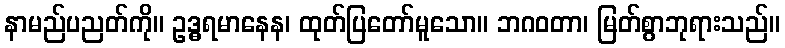
နာမည်ပညတ်ကို။ ဥဒ္ဓရမာနေန၊ ထုတ်ပြတော်မူသော။ ဘဂဝတာ၊ မြတ်စွာဘုရားသည်။